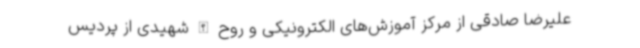
علیرضا صادقی از مرکز آموزش‌های الکترونیکی و روح الله شهیدی از پردیس